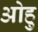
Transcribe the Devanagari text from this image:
ओहु